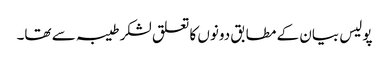
پولیس بیان کے مطابق دونوں کا تعلق لشکر طیبہ سے تھا۔